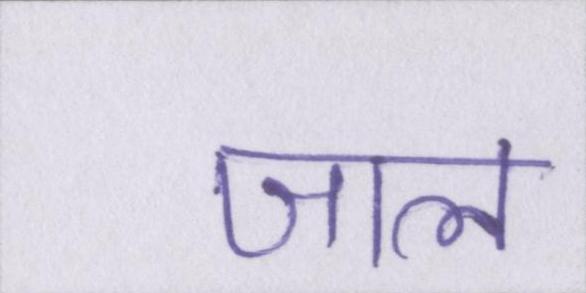
जाल